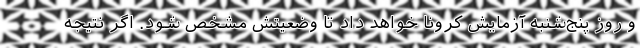
و روز پنج‌شنبه آزمایش کرونا خواهد داد تا وضعیتش مشخص شود. اگر نتیجه